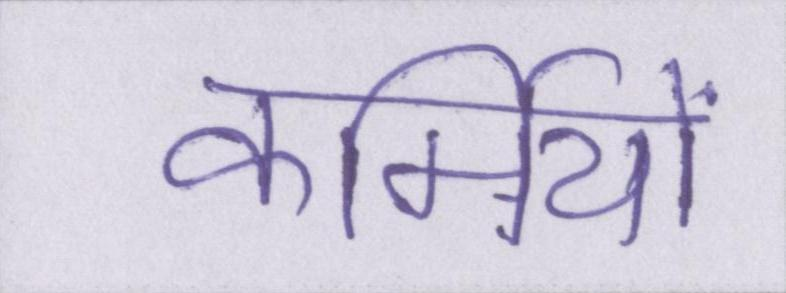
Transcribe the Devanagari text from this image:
कर्मियों